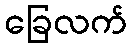
ခြေလက်